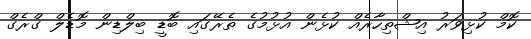
ކޮމް ކުޅިވަރު އިޝްތިހާރެއް ކުޅެން އުޅުމުގެ ތެރޭގައި ބޮޑީ ބިލްޑިން މޮޑެލް ގްރެގް